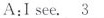
A:I see.\underline{3}